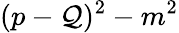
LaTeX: (p-\mathcal{Q})^{2}-m^{2}